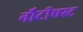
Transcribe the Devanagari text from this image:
नौटीएस्ट